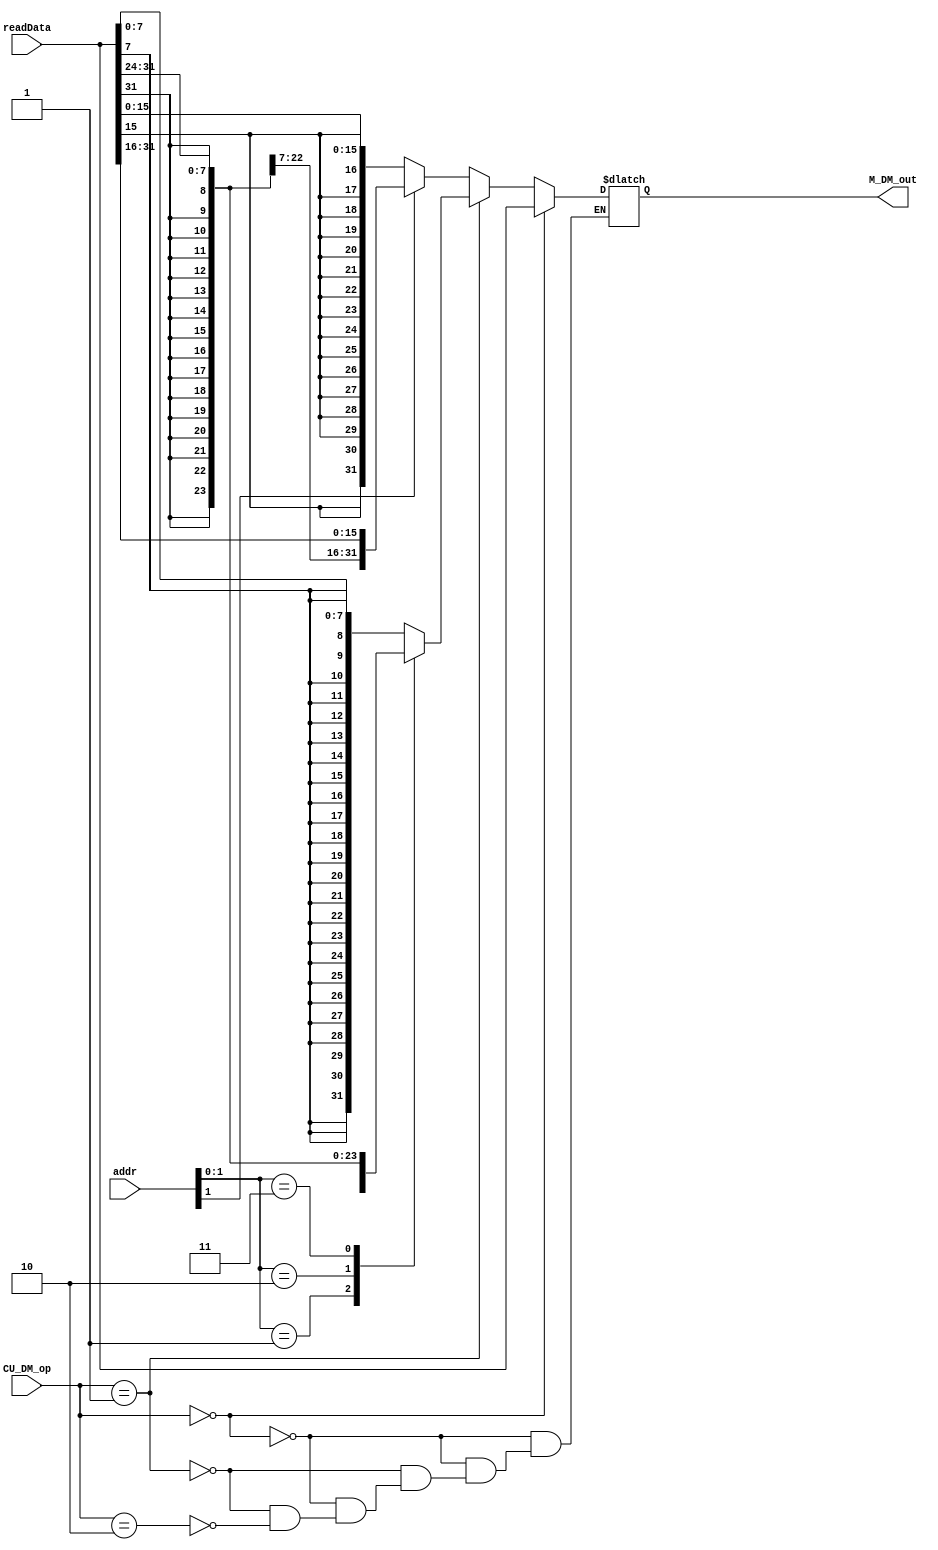
`timescale 1ns / 1ps
//---------------------------------------------------------------------------------------------------------------------
`define dmWord    2'b00
`define dmByte    2'b01
`define dmHalf    2'b10
//--------------------------------------------------------------------------------------------------------------------


//--------------------------------------------------------------------------------------------------------------
module M_DMOUT (
    input [31:0] addr,            
    input [31:0] readData,
    input [1:0] CU_DM_op,
    output reg [31:0] M_DM_out
    );
//---------------------------------------------------------------------------------------------------------------------------------
 
 
//define wire---------------------------------------------------------------------------------------------------------------------------
    wire [1:0] opB = addr[1:0];                             
    wire opHw = addr[1];                                     
    
    wire [7:0] B1 = readData[7:0];                   
    wire [7:0] B2 = readData[15:8];
    wire [7:0] B3 = readData[23:16];
    wire [7:0] B4 = readData[31:24];
    wire [15:0] Hw1 = readData[15:0];                 
    wire [15:0] Hw2 = readData[31:16];
//------------------------------------------------------------------------------------------------------------------------------------
  
  
//read-----------------------------------------------------------------------------------------------------------------------------------                                    
    always @(*) begin
        if (CU_DM_op == `dmWord) begin
            M_DM_out = readData;           
        end
        else if (CU_DM_op == `dmByte) begin
            case (opB)
                2'b00:  M_DM_out = {{24{B1[7]}}, B1};
                2'b01:  M_DM_out = {{24{B2[7]}}, B2};
                2'b10:  M_DM_out = {{24{B3[7]}}, B3};
                2'b11:  M_DM_out = {{24{B4[7]}}, B4};
            endcase
        end
        else if (CU_DM_op == `dmHalf) begin
            case (opHw)
                0:  M_DM_out = {{16{Hw1[15]}}, Hw1};
                1:  M_DM_out = {{16{Hw2[15]}}, Hw2};
            endcase
        end 
    end            
//-------------------------------------------------------------------------------------------------------------------------------

endmodule